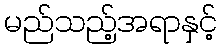
မည်သည့်အရာနှင့်